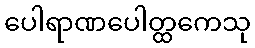
ပေါရာဏပေါတ္ထကေသု